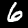
Label: 6